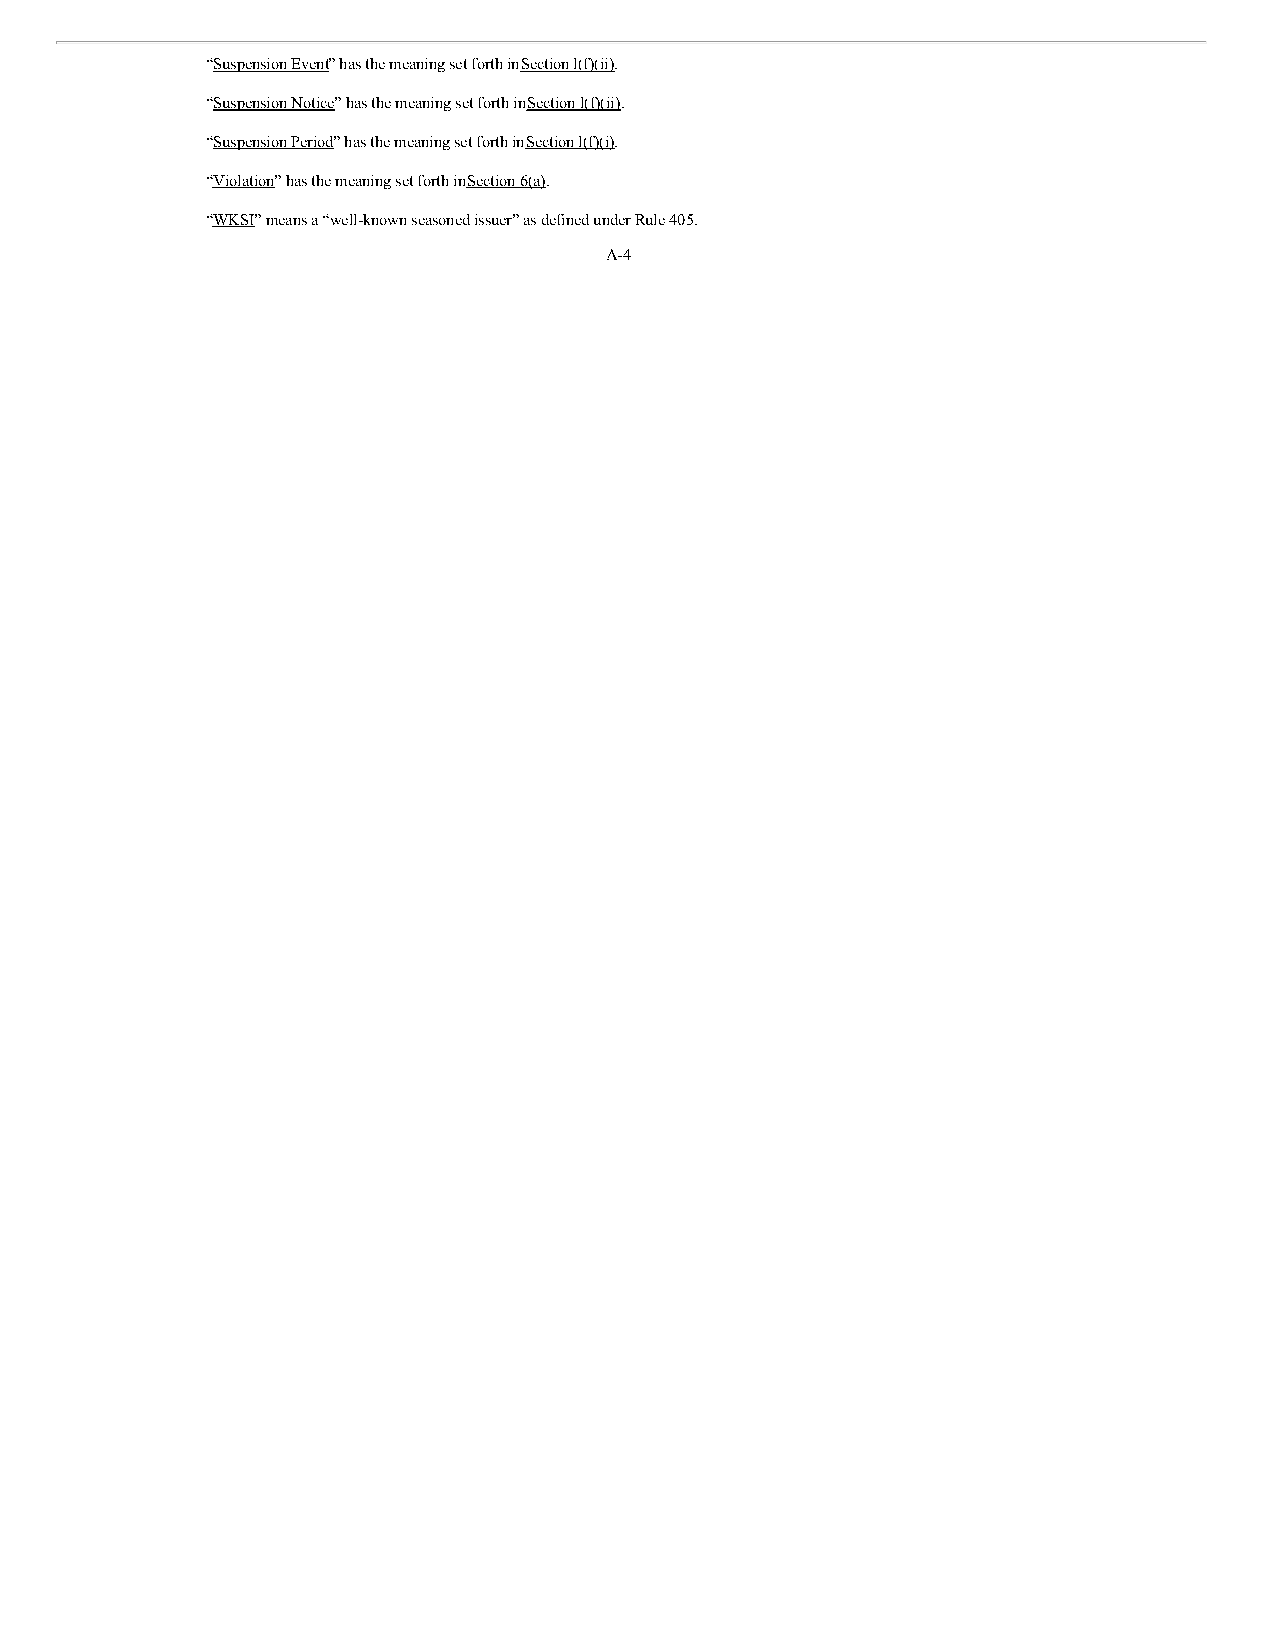
“Suspension Event” has the meaning set forth in Section l(f)(ii).
 “Suspension Notice” has the meaning set forth in Section l(f)(ii).
 “Suspension Period” has the meaning set forth in Section l(f)(i).
 “Violation” has the meaning set forth in Section 6(a).
 “WKSI” means a “well-known seasoned issuer” as defined under Rule 405.
 A-4